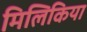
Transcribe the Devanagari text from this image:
मिलिकिया